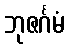
ဘုဇင်္ဂမံ